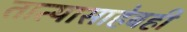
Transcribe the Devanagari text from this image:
तात्यासाहेबही